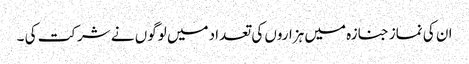
ان کی نماز جنازہ میں ہزاروں کی تعداد میں لوگوں نے شرکت کی ۔